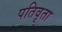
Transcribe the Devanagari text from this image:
पतिवृता